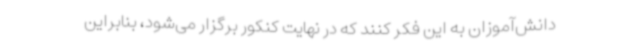
دانش‌آموزان به این فکر کنند که در نهایت کنکور برگزار می‌شود، بنابراین